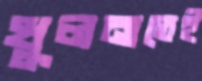
খুলনাতেই